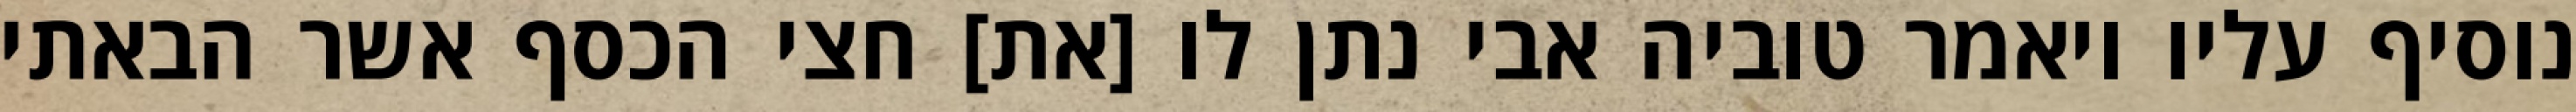
נוסיף עליו ויאמר טוביה אבי נתן לו [את] חצי הכסף אשר הבאתי